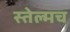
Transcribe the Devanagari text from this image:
स्तेल्मच